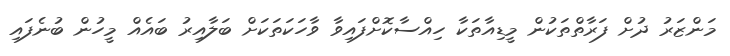
މަންޒަރު ދުށް ފަރާތްތަކުން މީޑިއާތަކާ ހިއްސާކޮށްފައިވާ ވާހަކަތަކަށް ބަލާއިރު ބައެއް މީހުން ބުނެފައި